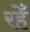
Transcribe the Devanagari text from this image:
रहेँ